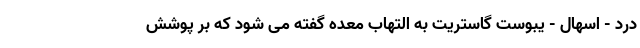
درد - اسهال - یبوست گاستریت به التهاب معده گفته می شود که بر پوشش